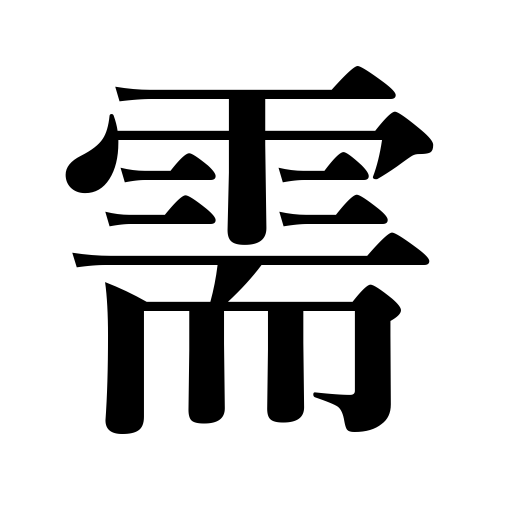
Meanings: need,request